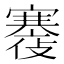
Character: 𡫪